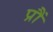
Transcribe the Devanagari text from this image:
प्रौं